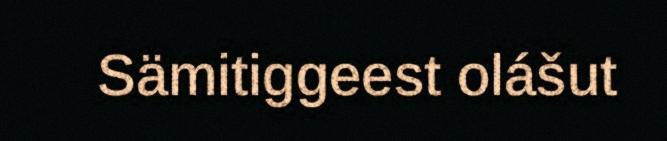
Sämitiggeest olášut